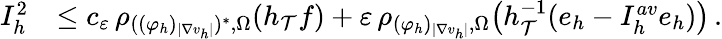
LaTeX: \begin{array}{r}{\begin{array}{rl}{I_{h}^{2}}&{\leq c_{\varepsilon}\, \rho_{((\varphi_{h})_{\vert\nabla v_{h}\vert})^{*},\Omega}(h_{\mathcal{T}}f)+\varepsilon\, \rho_{(\varphi_{h})_{\vert\nabla v_{h}\vert},\Omega}\big(h_{\mathcal{T}}^{-1}(e_{h}-I_{h}^{\textit{av}}e_{h})\big)\, .}\end{array}}\end{array}